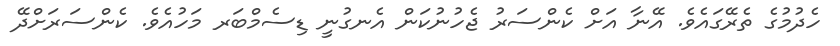
ހެދުމުގެ ތެރޭގައެވެ. އޭނާ އަށް ކެންސަރު ޖެހުނުކަން އެނގުނީ ޑިސެމްބަރ މަހުއެވެ. ކެންސަރަށްދޭ